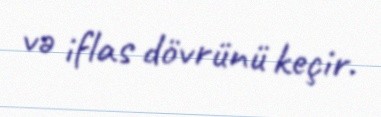
və iflas dövrünü keçir.